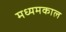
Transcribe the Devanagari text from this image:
मध्यमकाल